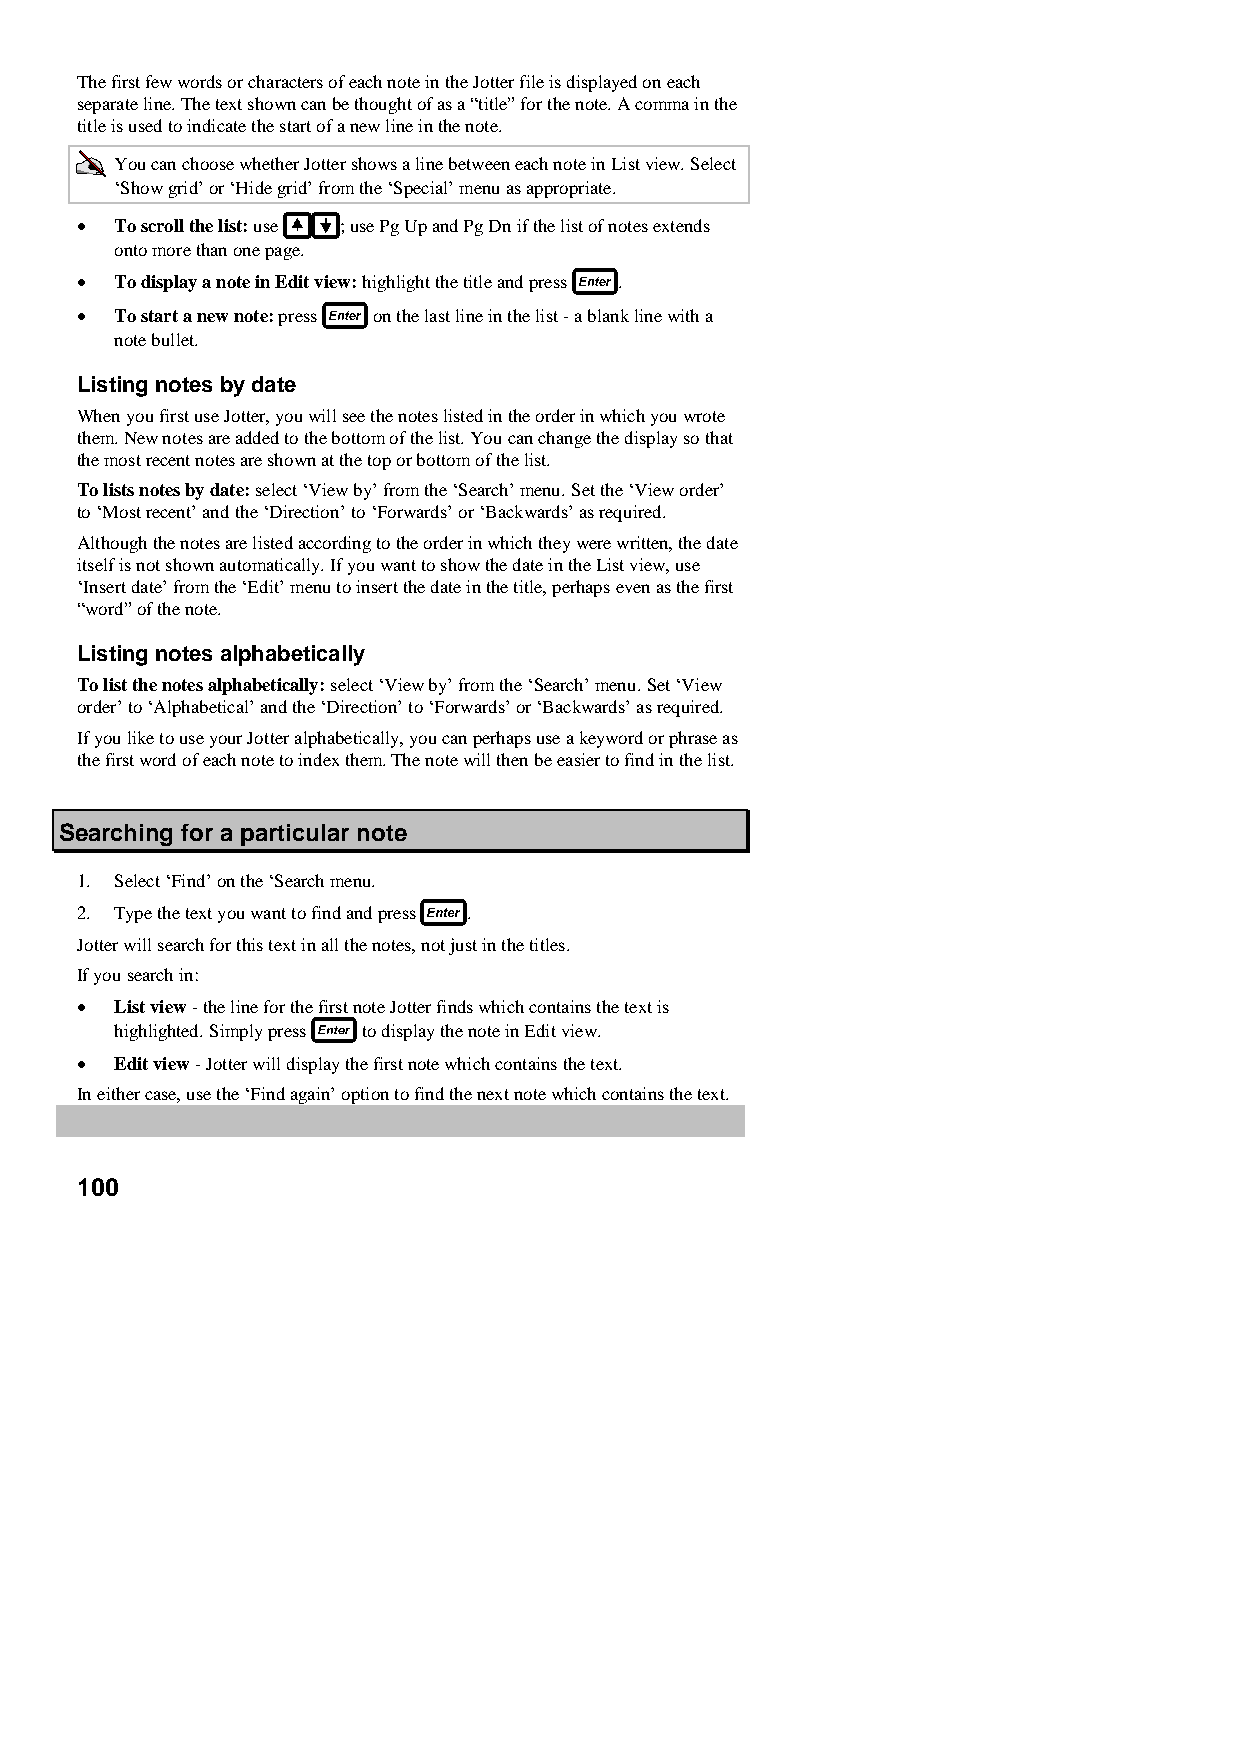
The first few words or characters of each note in the Jotter file is displayed on each
 separate line. The text shown can be thought of as a “title” for the note. A comma in the
 title is used to indicate the start of a new line in the note.
 You can choose whether Jotter shows a line between each note in List view. Select
 ‘Show grid’ or ‘Hide grid’ from the ‘Special’ menu as appropriate.
 •  To scroll the list: use ; use Pg Up and Pg Dn if the list of notes extends
 onto more than one page.
 •  To display a note in Edit view: highlight the title and press .
 •  To start a new note: press on the last line in the list - a blank line with a
 note bullet.
 Listing notes by date
 When you first use Jotter, you will see the notes listed in the order in which you wrote
 them. New notes are added to the bottom of the list. You can change the display so that
 the most recent notes are shown at the top or bottom of the list.
 To lists notes by date: select ‘View by’ from the ‘Search’ menu. Set the ‘View order’
 to ‘Most recent’ and the ‘Direction’ to ‘Forwards’ or ‘Backwards’ as required.
 Although the notes are listed according to the order in which they were written, the date
 itself is not shown automatically. If you want to show the date in the List view, use
 ‘Insert date’ from the ‘Edit’ menu to insert the date in the title, perhaps even as the first
 “word” of the note.
 Listing notes alphabetically
 To list the notes alphabetically: select ‘View by’ from the ‘Search’ menu. Set ‘View
 order’ to ‘Alphabetical’ and the ‘Direction’ to ‘Forwards’ or ‘Backwards’ as required.
 If you like to use your Jotter alphabetically, you can perhaps use a keyword or phrase as
 the first word of each note to index them. The note will then be easier to find in the list.
 Searching for a particular note
 1. Select ‘Find’ on the ‘Search menu.
 2. Type the text you want to find and press .
 Jotter will search for this text in all the notes, not just in the titles.
 If you search in:
 •  List view - the line for the first note Jotter finds which contains the text is
 highlighted. Simply press to display the note in Edit view.
 •  Edit view - Jotter will display the first note which contains the text.
 In either case, use the ‘Find again’ option to find the next note which contains the text.
 100